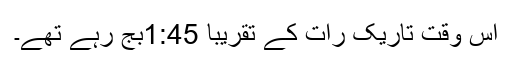
اس وقت تاریک رات کے تقریباََ 1:45بج رہے تھے۔